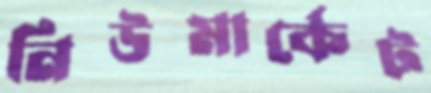
নিউমার্কেট